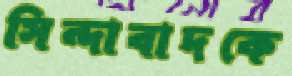
সিন্দাবাদকে